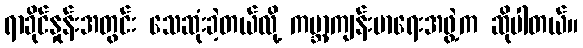
ရာခိုင်နှုန်းအတွင်း သေဆုံးခဲ့တယ်လို့ ကမ္ဘာ့ကျန်းမာရေးအဖွဲ့က ဆိုပါတယ်။